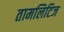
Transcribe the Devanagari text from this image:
तामलिटिज